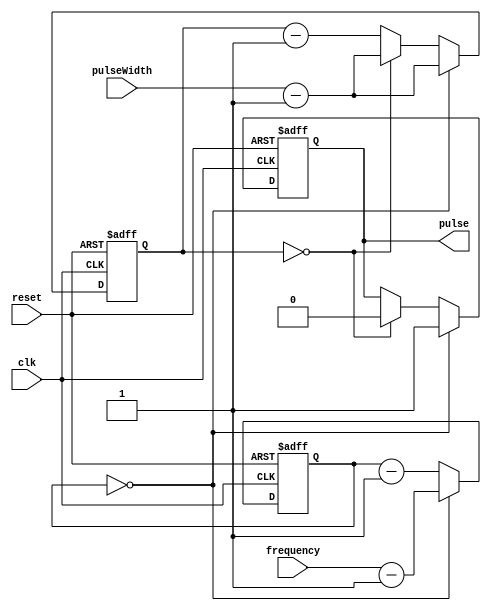
module ProgrammablePulseGenerator (
    input wire clk,
    input wire reset,
    input wire [7:0] pulseWidth,
    input wire [15:0] frequency,
    output reg pulse
);

reg [7:0] counter;
reg [15:0] divider;

always @(posedge clk or posedge reset) begin
    if (reset) begin
        counter <= 8'b0;
        divider <= 16'b0;
        pulse <= 1'b0;
    end else begin
        if (divider == 16'd0) begin
            pulse <= 1'b1;
            counter <= pulseWidth - 1;
            divider <= frequency - 1;
        end else begin
            if (counter == 8'd0) begin
                pulse <= 1'b0;
                counter <= pulseWidth - 1;
            end else begin
                counter <= counter - 1;
            end
            divider <= divider - 1;
        end
    end
end

endmodule